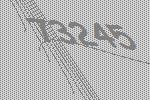
73245